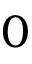
0